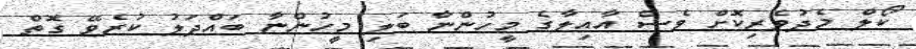
ކޯލް މެދުވެރިކޮށް ވެސް އާއިލާގެ މީހުންނާ ބަލި މީހުންނާ ބައްދަލު ކުރެވޭ ގޮތް